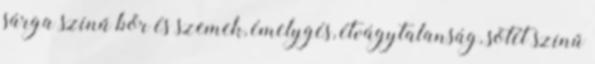
sárga színű bőr és szemek, émelygés, étvágytalanság, sötét színű